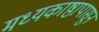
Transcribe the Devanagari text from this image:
मध्यकाष्ठापासून